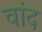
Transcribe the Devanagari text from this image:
वांद